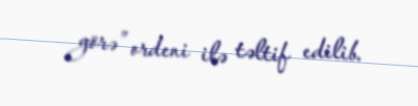
görə” ordeni ilə təltif edilib.